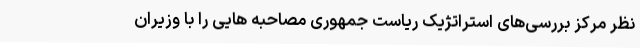
نظر مرکز بررسی‌های استراتژیک ریاست جمهوری مصاحبه هایی را با وزیران